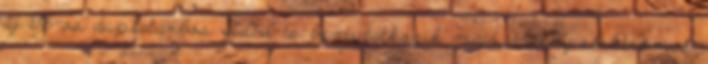
új V6-os duplaturbós TDI is bemutatkozik majd, amely elektromos